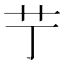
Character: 艼